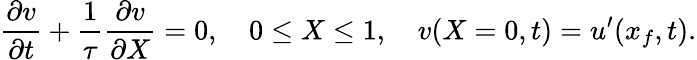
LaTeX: \frac{\partial v}{\partial t}+\frac{1}{\tau}\frac{\partial v}{\partial X}=0,\quad 0\leq X\leq 1,\quad v(X=0,t)=u^{\prime}(x_{f},t).